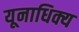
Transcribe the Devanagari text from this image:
यूनाधिक्य